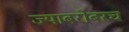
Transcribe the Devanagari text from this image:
ज्याबरोबरच